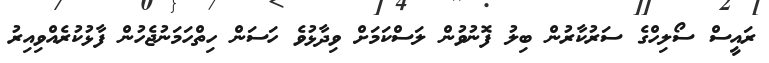
ރައީސް ސޯލިހްގެ ސަރުކާރުން ބިލު ފޮނުވުން ލަސްކަމަށް ވިދާޅުވެ ހަސަން ހިތްހަމަނުޖެހުން ފާޅުކުރެއްވިއިރު